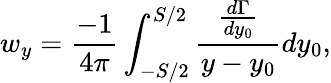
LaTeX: w_{y}=\frac{-1}{4\pi}\int_{-S/2}^{S/2}\frac{\frac{d\Gamma}{dy_{0}}}{y-y_{0}}{dy_{0}},